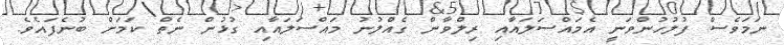
ނަމަވެސް ފުލުހުންވަނީ އެމައްސަލައާއި ރިލްވާން ގެއްލުނު މައްސަލައާއި ގުޅުން ނެތް ކަމަށް ބުނެފައެވެ.